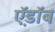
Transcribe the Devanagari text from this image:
ऍ़डॉब